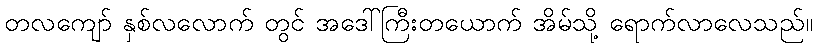
တလကျော် နှစ်လလောက် တွင် အဒေါ်ကြီးတယောက် အိမ်သို့ ရောက်လာလေသည်။